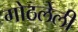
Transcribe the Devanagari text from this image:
गोठलेली